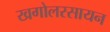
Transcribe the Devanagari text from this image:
खगोलरसायन